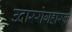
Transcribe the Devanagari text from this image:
उदाररोगहारक